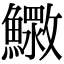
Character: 𮬓